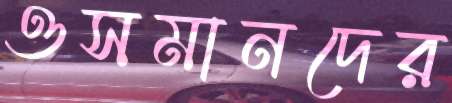
ওসমানদের